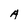
Character: A